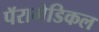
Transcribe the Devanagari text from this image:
पॅरामेडिकल